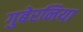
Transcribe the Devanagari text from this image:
गुबेरनिया